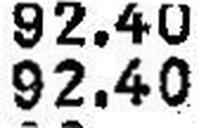
92.40